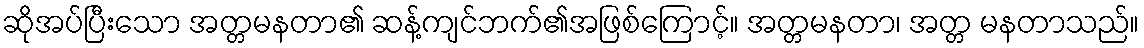
ဆိုအပ်ပြီးသော အတ္တမနတာ၏ ဆန့်ကျင်ဘက်၏အဖြစ်ကြောင့်။ အတ္တမနတာ၊ အတ္တ မနတာသည်။